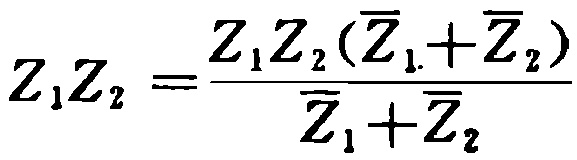
\(Z_{1}Z_{2}=\frac{Z_{1}Z_{2}(\overline{Z}_{1}+\overline{Z}_{2})}{\overline{Z}_{1}+\overline{Z}_{2}}\)